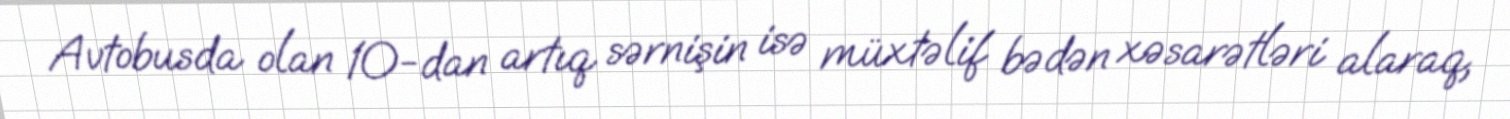
Avtobusda olan 10-dan artıq sərnişin isə müxtəlif bədən xəsarətləri alaraq,